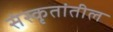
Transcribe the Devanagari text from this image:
संस्कृतांतील